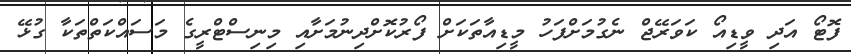
ފޮޓޯ އަދި ވީޑިއޯ ކަވަރޭޖް ނެގުމަށްފަހު މީޑިއާތަކަށް ފޯރުކޮށްދިނުމަށާއި މިނިސްޓްރީގެ މަސައްކަތްތަކާ ގުޅޭ